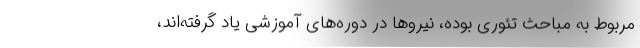
مربوط به مباحث تئوری بوده، نیروها در دوره‌های آموزشی یاد گرفته‌اند،